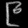
Digit: ၉